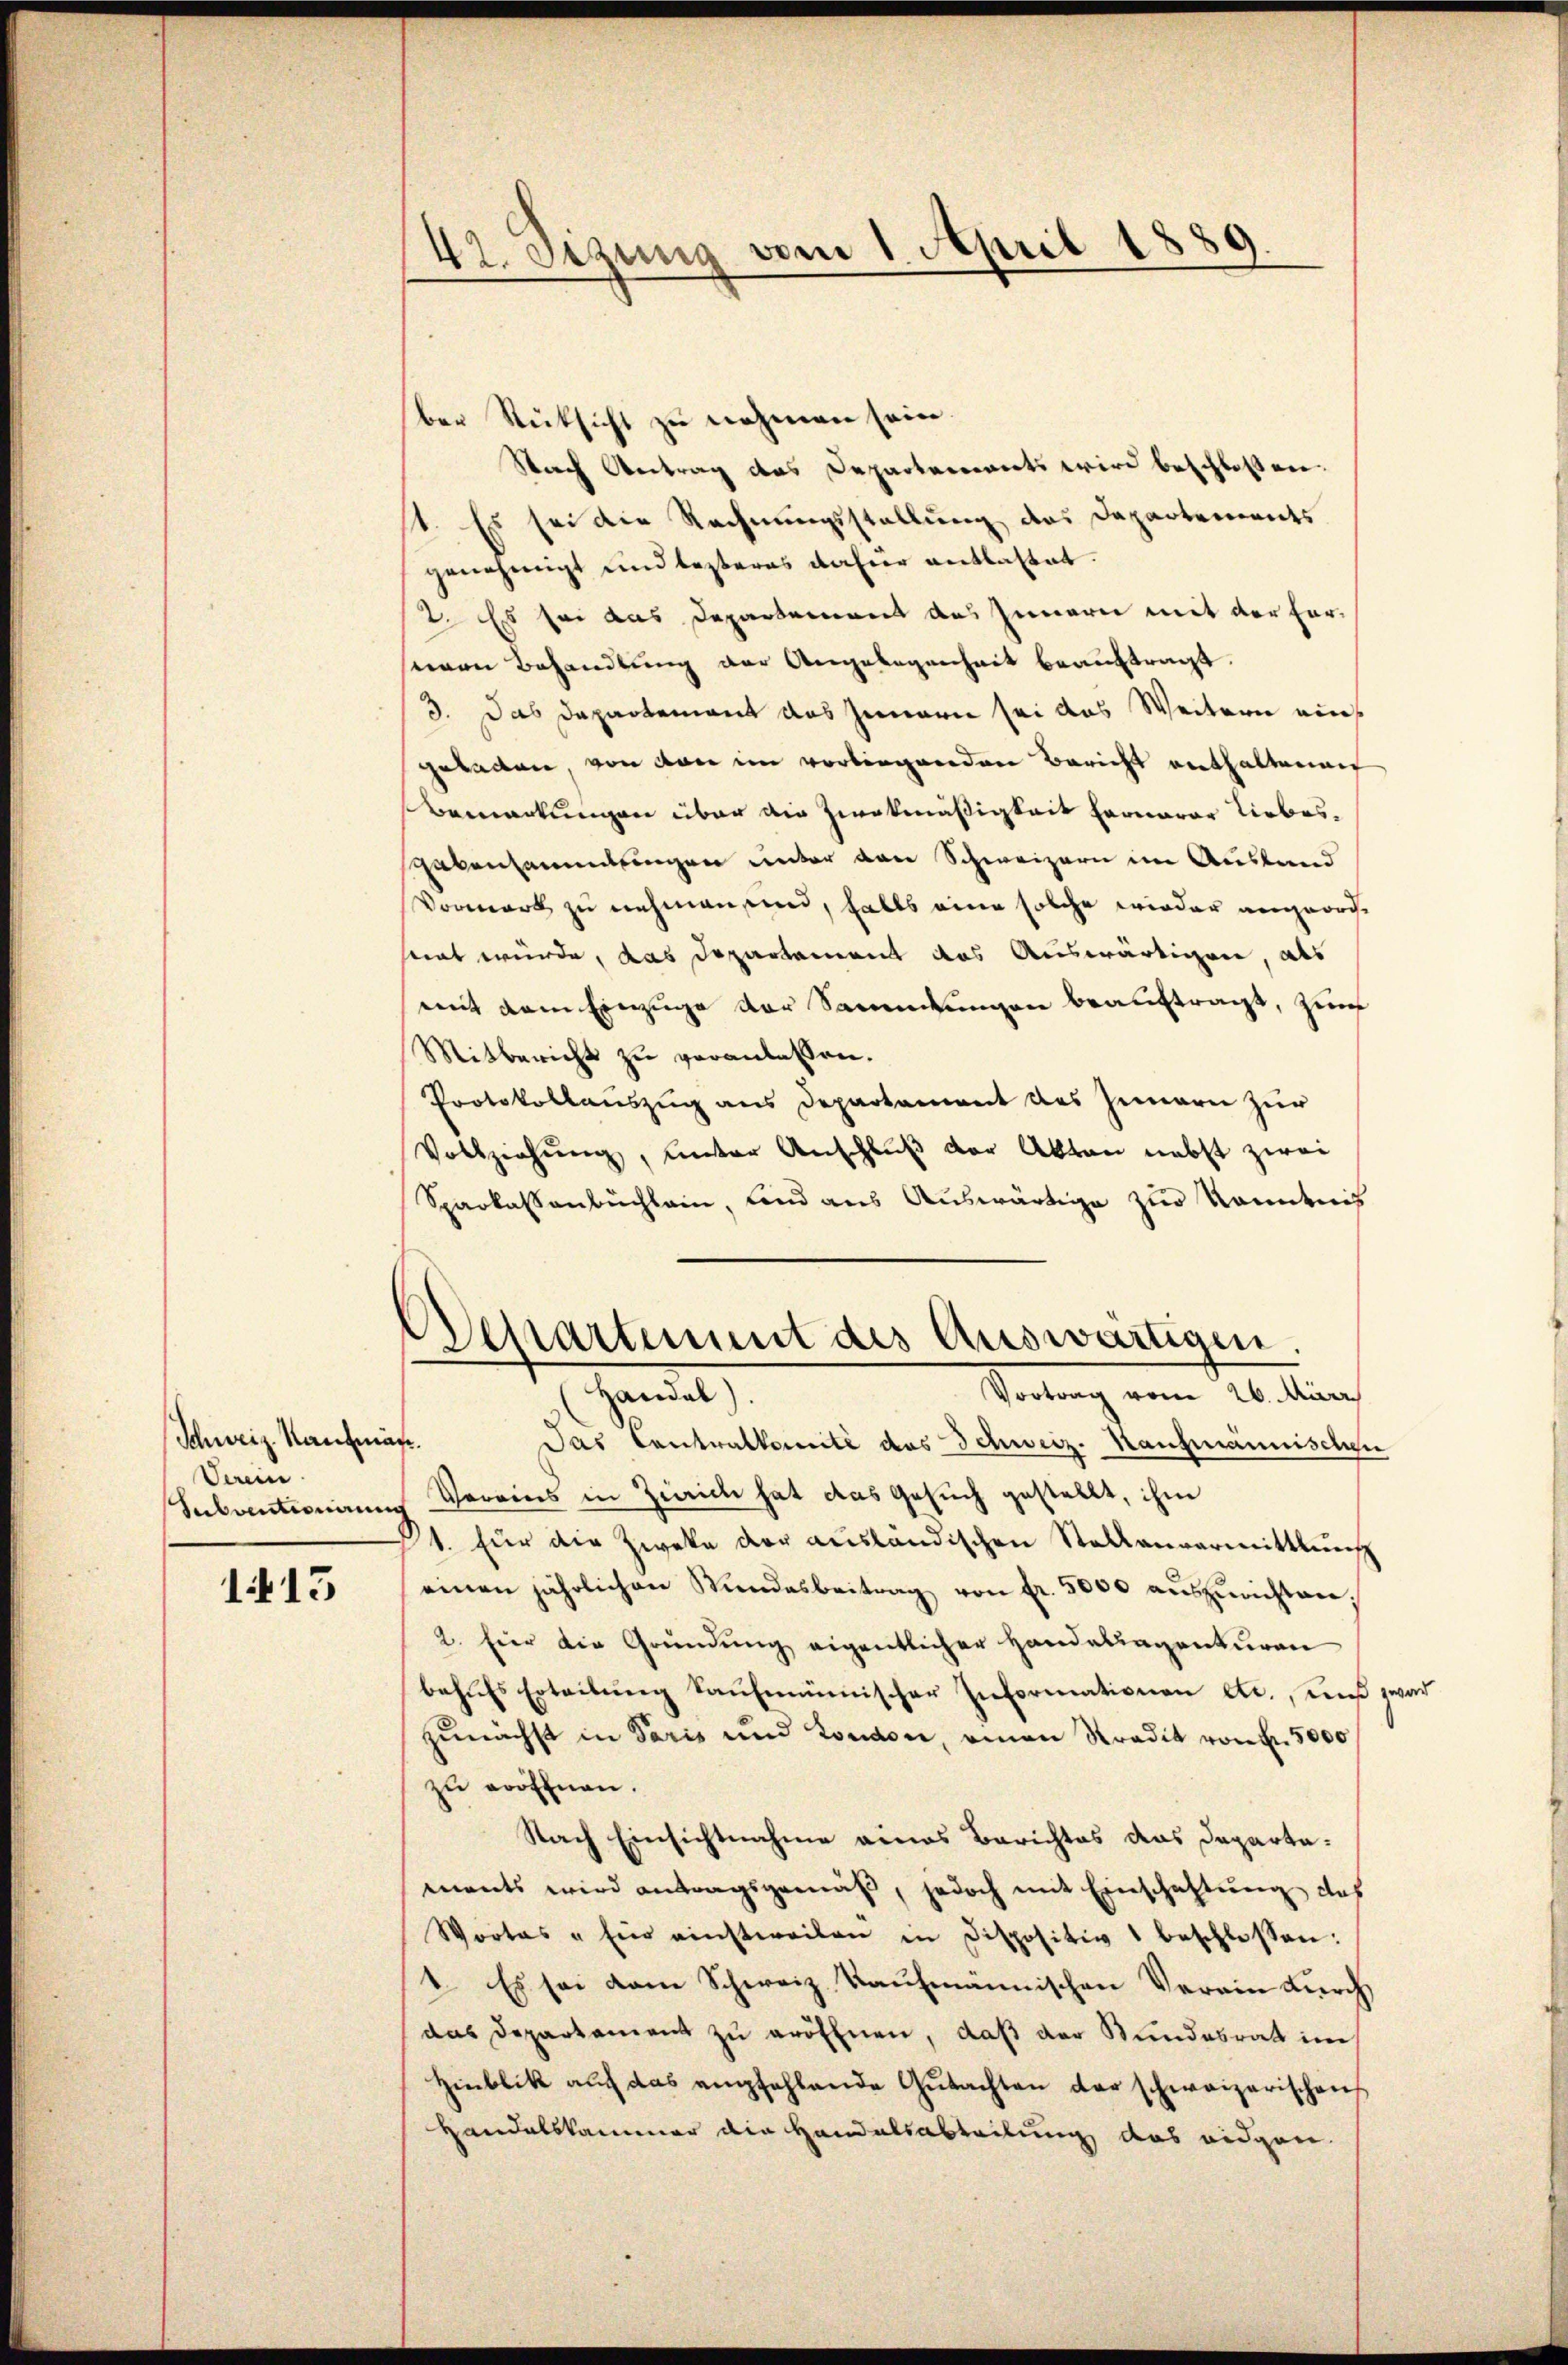
Schweiz. Kaufma
Saein
Subventionemen

1413

42. Setzung vom 1. April 1889.

ber Rücksicht zu nehmen seien.
Sich Vertrag des Departements wird beschlossen.
st. Es sei die Rechnungsstellung des Departements
genehmigt und lezteres dahier entlastet.
2. Es sei das Departement des Innern mit der For-
seinen Behandlung der Angelegenheit beaŭftragt.
3. Das Departement das Innern sei das Weitern eingeladen, von den im vorliegenden Bericht enthaltenen
Bemarkungen über die Zwekmäßigkeit fernerer Liebes¬
Lebensammlungen unter von Schweizern im Ausland
Vormerk zu nehmen sind, falls eine solche wieder angeordnet würde, das Departement das Auswärtigen, als
mit dem Einzuge der Sammlungen beauftragt, zum
Mitbericht zu veranlassen.
Protokollauszug aus Departament des Innern zur
Vollziehung, unter Anschlŭβ der Akten nebst zwei
Sparkassenbuchlein, sind aus Auswärtige zur Kenntnis
Departement des Auswärtigen
Handel).
Vortrag vom 26. März
t
Das Contralkomité des Schweiz. Kaufmännischen
Vereins in Zürich hat das Gesuch gestellt, ihm
1. Für die Zwecke der ausländischen Stalls anvermittlung
einen jährlichen Stŭndesbeitrag von fr. 5000 aŭszŭrichten,
2. Eier die Gründŭng eigentlicher Handelsagenturen
behŭfs Erteilŭng kaŭfmünischer Informationen etc., daβ zwar
zunächst in Paris und London, einen Stradit von 5000
zu eröffnen.
Nach Einsichtnahme eines Berichtes das Departaments wird antragsgemäß, jedoch mit Einschaftung das
Wortes "Ein einstweilen in dispositiv beschlossen:
1. Es sei vom Schweiz. Kaufmannischen Verein durch
das Departament zŭ eröffnen, daß der Bundesrat im
Hinblik aŭf das empfehlende Gŭtachten der schweizerischen
Handelskammer die Handelsabteilung das eidgen.